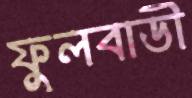
ফুলবাডী